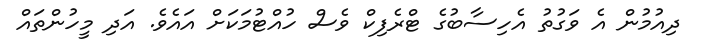
ދިއުމުން އެ ވަގުތު އެހިސާބުގެ ޓްރެފިކް ވެސް ހުއްޓުމަކަށް އައެވެ. އަދި މީހުންތައް